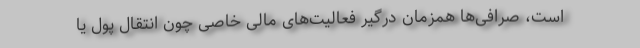
است، صرافی‌ها همزمان درگیر فعالیت‌های مالی خاصی چون انتقال پول یا